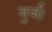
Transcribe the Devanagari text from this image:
बुर्ज।